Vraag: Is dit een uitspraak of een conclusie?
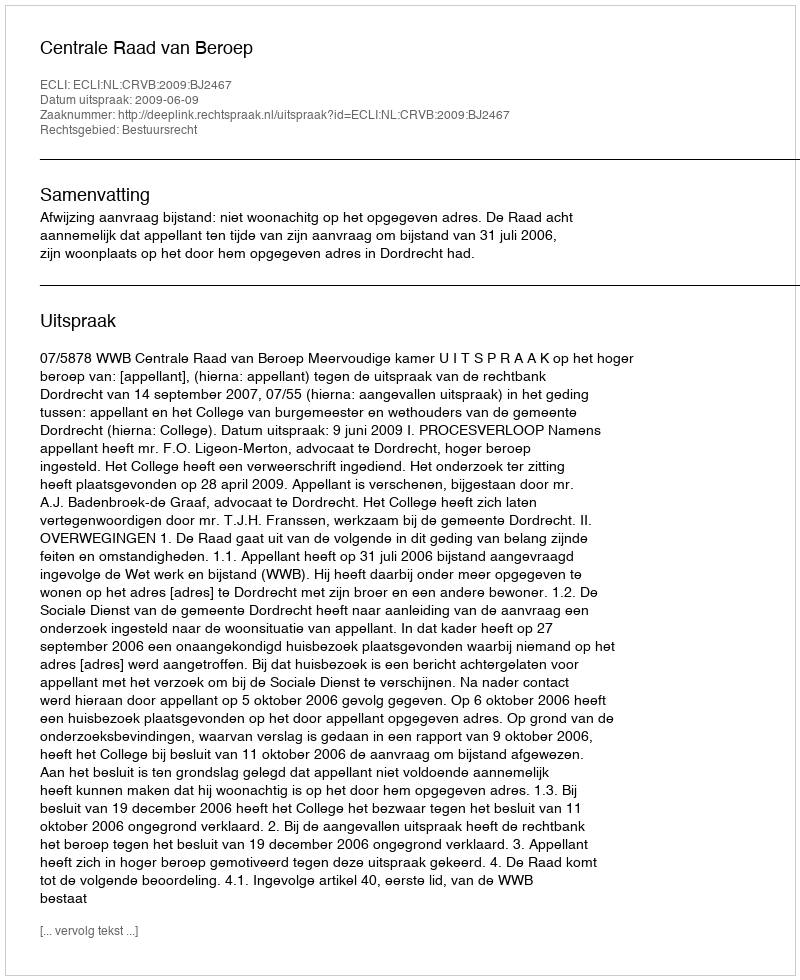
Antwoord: Uitspraak